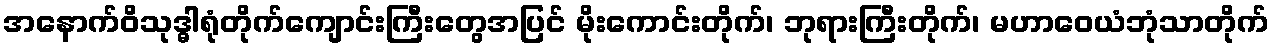
အနောက်ဝိသုဒ္ဓါရုံတိုက်ကျောင်းကြီးတွေအပြင် မိုးကောင်းတိုက်၊ ဘုရားကြီးတိုက်၊ မဟာဝေယံဘုံသာတိုက်